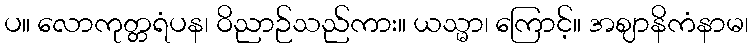
ပ။ လောကုတ္တရံပန၊ ဝိညာဉ်သည်ကား။ ယသ္မာ၊ ကြောင့်။ အဈာနိကံနာမ၊